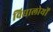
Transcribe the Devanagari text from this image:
विद्यालोयों